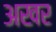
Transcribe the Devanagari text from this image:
अखर